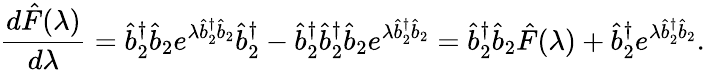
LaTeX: \frac{d\hat{F}(\lambda)}{d\lambda}=\hat{b}_{2}^{\dagger}\hat{b}_{2}e^{\lambda\hat{b}_{2}^{\dagger}\hat{b}_{2}}\hat{b}_{2}^{\dagger}-\hat{b}_{2}^{\dagger}\hat{b}_{2}^{\dagger}\hat{b}_{2}e^{\lambda\hat{b}_{2}^{\dagger}\hat{b}_{2}}=\hat{b}_{2}^{\dagger}\hat{b}_{2}\hat{F}(\lambda)+\hat{b}_{2}^{\dagger}e^{\lambda\hat{b}_{2}^{\dagger}\hat{b}_{2}}.